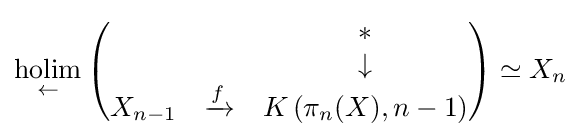
{\underset {\leftarrow }{\text{holim}}}\left({\begin{matrix}&&*\\&&\downarrow \\X_{n-1}&\xrightarrow {f} &K\left(\pi _{n}(X),n-1\right)\end{matrix}}\right)\simeq X_{n}